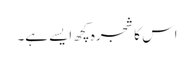
اس کا شجرہ کچھ ایسے ہے۔